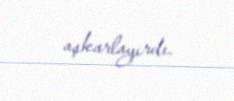
aşkarlayırdı.